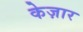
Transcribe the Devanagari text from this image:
केज़ार